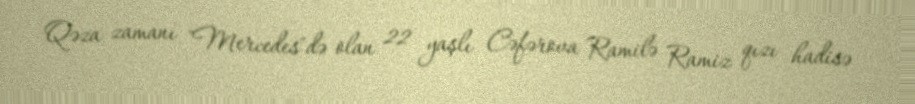
Qəza zamanı "Mercedes"də olan 22 yaşlı Cəfərova Ramilə Ramiz qızı hadisə